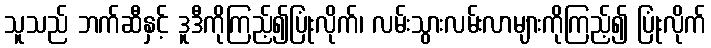
သူသည် ဘက်ဆီနှင့် ဒူဒီကိုကြည့်၍ပြုံးလိုက်၊ လမ်းသွားလမ်းလာများကိုကြည့်၍ ပြုံးလိုက်